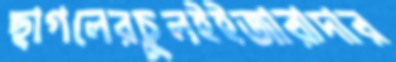
ছাগলেরচুলইইজারাদার